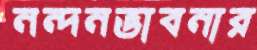
নন্দনভাবনার